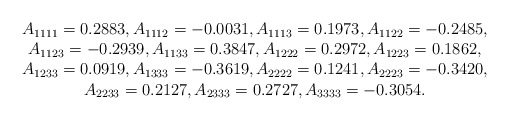
\begin{align*}\begin{array}{c} A_{1111}= 0.2883, A_{1112}= -0.0031, A_{1113}=0.1973, A_{1122}= -0.2485, \\A_{1123}= -0.2939, A_{1133}=0.3847, A_{1222}=0.2972, A_{1223}=0.1862, \\A_{1233}=0.0919, A_{1333}=-0.3619, A_{2222}=0.1241, A_{2223}=-0.3420,\\A_{2233}=0.2127, A_{2333}=0.2727, A_{3333}=-0.3054.\end{array}\end{align*}